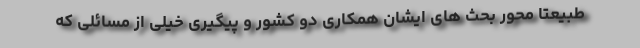
طبیعتا محور بحث های ایشان همکاری دو کشور و پیگیری خیلی از مسائلی که